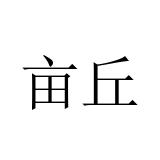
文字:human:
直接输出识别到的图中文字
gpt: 亩丘